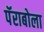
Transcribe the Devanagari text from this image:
पॅराबोला